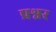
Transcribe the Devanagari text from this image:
प्रश्नर